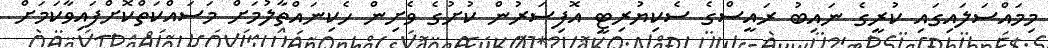
މިމައްސަލައިގައި ކުރީގެ ނައިބު ރައީސްގެ ސެކިޔުރިޓީ އޮފިސަރުން ކުށުގެ ވެށިން ހެކިނައްތާލުމަށް މަސައްކަތްކޮށްފައިވާކަމަށް